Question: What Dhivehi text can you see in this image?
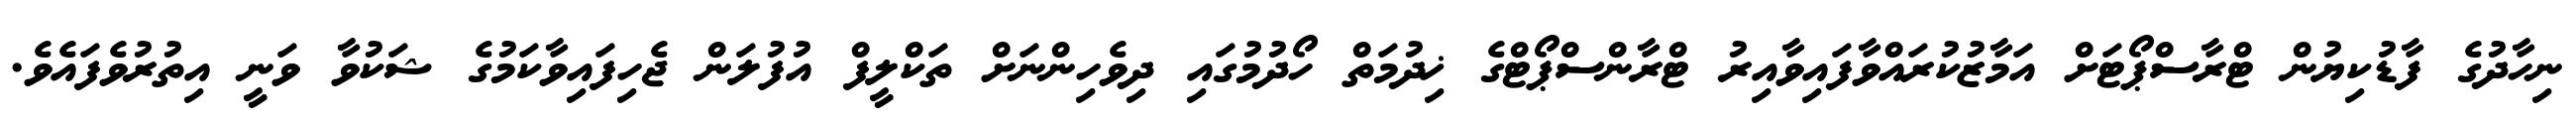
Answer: ނިހާދުގެ ފާޑުކިޔުން ޓްރާސްޕޯޓަށް އަމާޒުކުރައްވާފައިވާއިރު ޓްރާންސްޕޯޓްގެ ޚިދުމަތް ހޯދުމުގައި ދިވެހިންނަށް ތަކްލީފް އުފުލަން ޖެހިފައިވާކަމުގެ ޝަކުވާ ވަނީ އިތުރުވެފައެވެ.